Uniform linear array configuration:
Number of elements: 8
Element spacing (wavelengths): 0.75
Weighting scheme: binomial
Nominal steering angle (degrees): -15
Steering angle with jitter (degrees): -16.346
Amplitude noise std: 0.05
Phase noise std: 0.05

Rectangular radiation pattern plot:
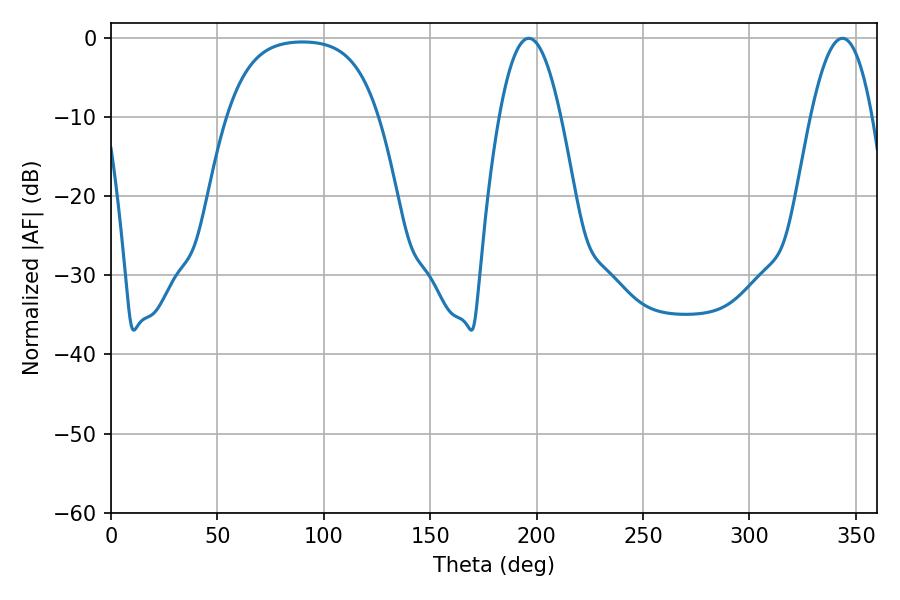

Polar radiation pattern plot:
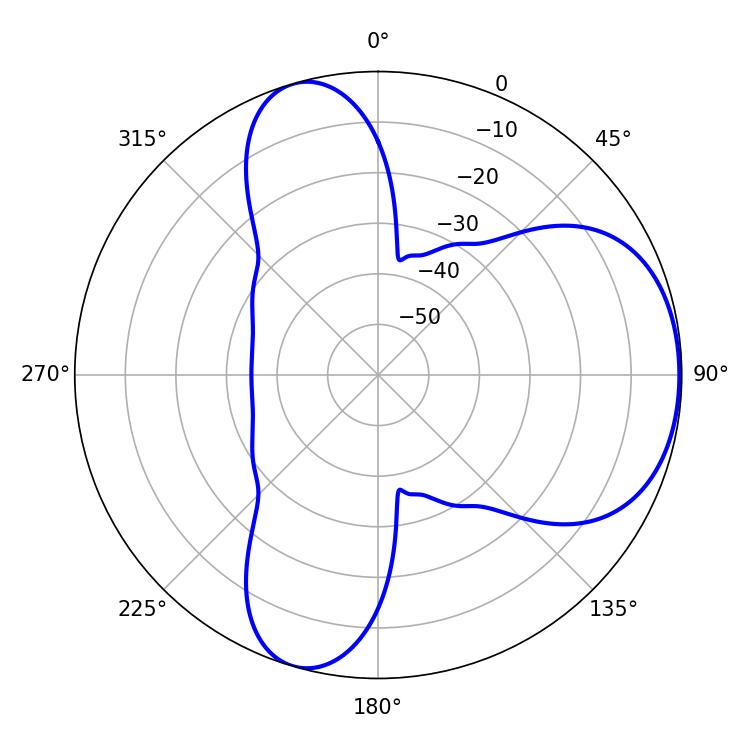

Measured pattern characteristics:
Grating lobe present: TRUE
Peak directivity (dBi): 5.508
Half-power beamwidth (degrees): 15.66
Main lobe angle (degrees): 196.38